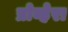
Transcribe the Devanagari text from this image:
प्रोव्हेरा